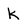
Character: k